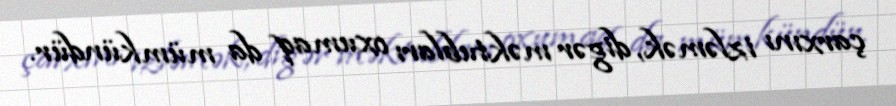
çarxını izləmək, digər məktubları oxumaq da mümkündür.